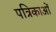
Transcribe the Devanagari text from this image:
पत्रिकाआें